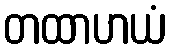
တထာဟယံ